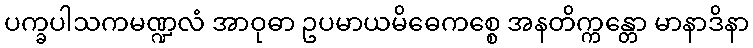
ပက္ခပါသကမဏ္ဍလံ အာဝုဓာ ဥပမာယမိဓေကစ္စေ အနတိက္ကန္တော မာနာဒိနာ